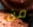
من